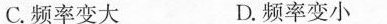
C.频率变大 D.频率变小